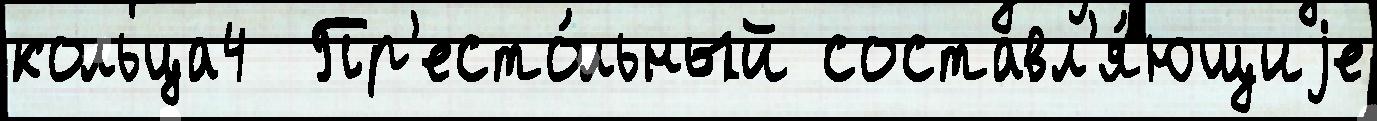
кольца4  Пр'есто́льный составл'я́ющиjе